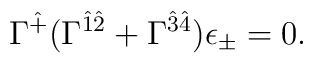
\Gamma^{\hat +}(\Gamma^{\hat 1\hat 2} + \Gamma^{\hat 3\hat  4})\epsilon_{\pm} = 0.